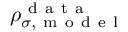
\rho _ { \sigma , \mathrm { ~ m ~ o ~ d ~ e ~ l ~ } } ^ { \mathrm { ~ d ~ a ~ t ~ a ~ } }